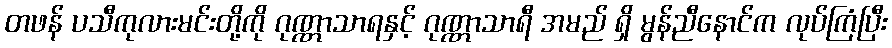
တဖန် ပသီကုလားမင်းတို့ကို ဂုဏ္ဏာသာရနှင့် ဂုဏ္ဏာသာရီ အမည် ရှိ မွန်ညီနောင်က လုပ်ကြံပြီး